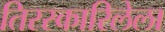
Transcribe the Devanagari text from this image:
तिरस्कारिलेला